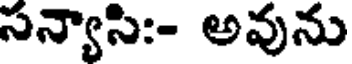
సన్యాసి:- అవును